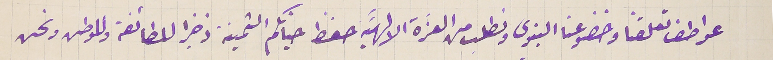
عواطف تعلقنا وخضوعنا البنوي ونطلب من العزَة الالهيَة حفظ حياتكم الثمينة ذخيرا للطائفة وللوطن ونحن